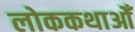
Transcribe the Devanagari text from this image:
लोककथाओँ